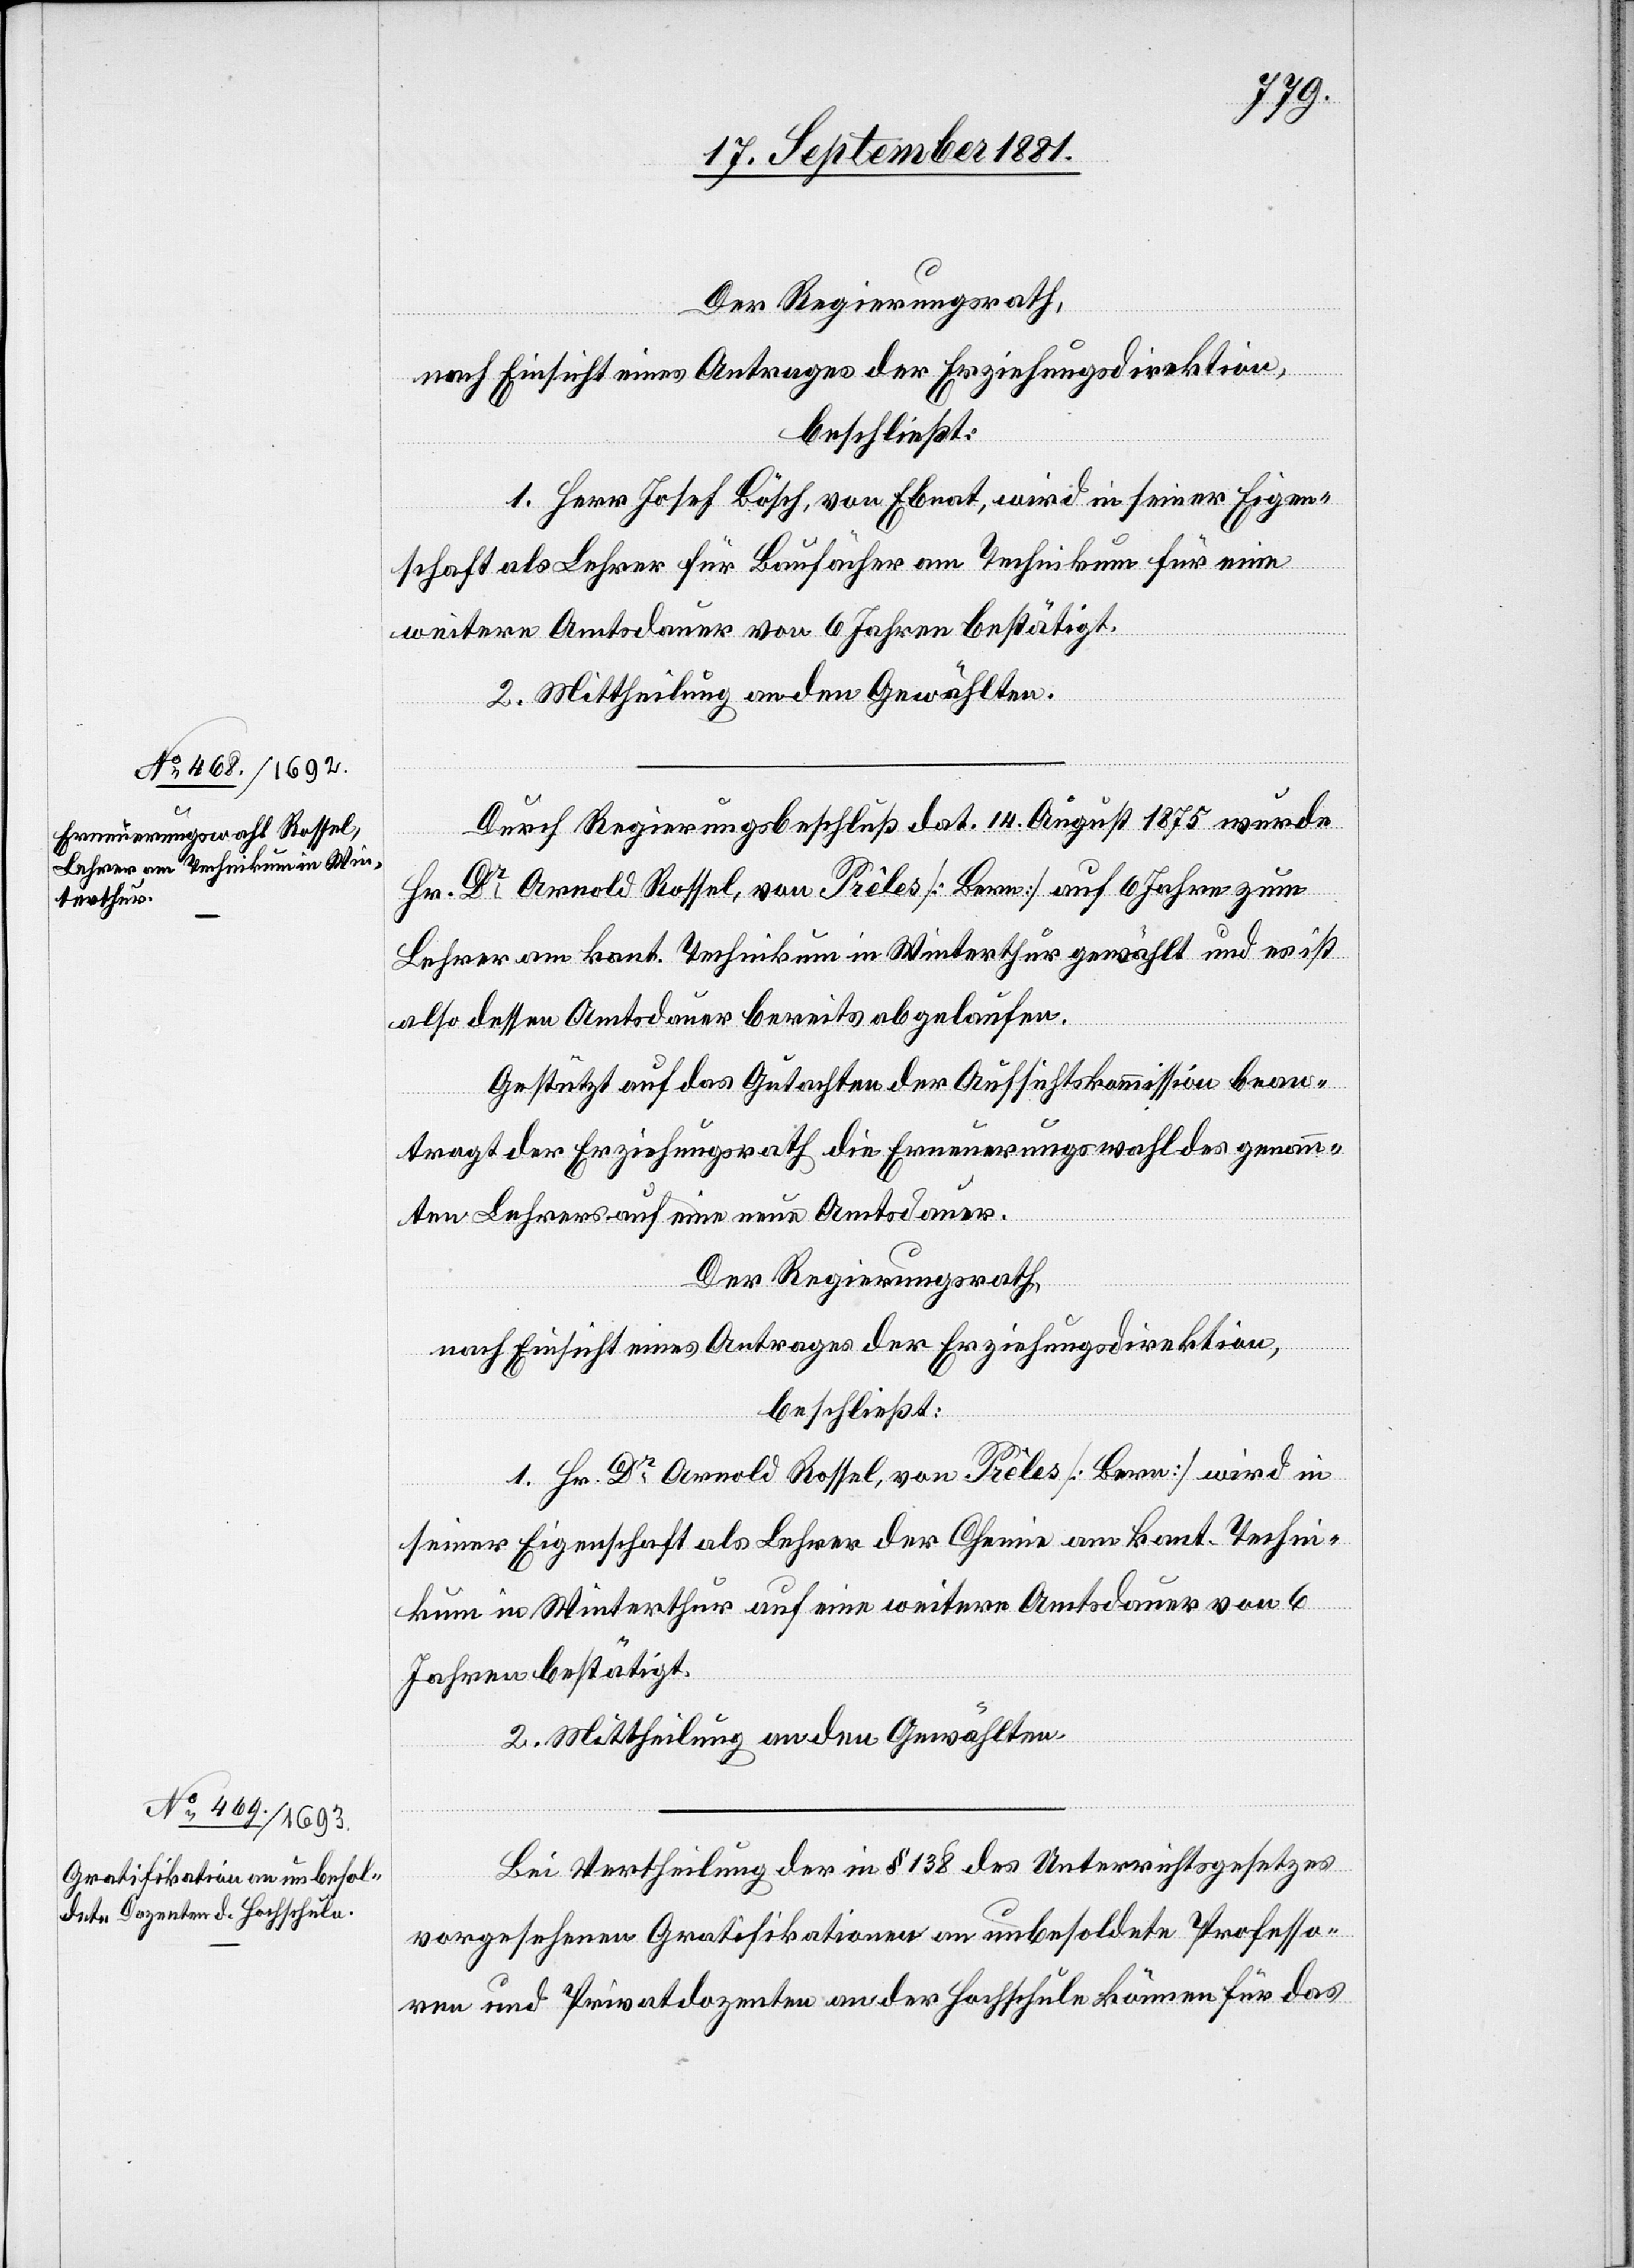
Der Regierungsrath,
nach Einsicht eines Antrages der Erziehungsdirektion,
beschließt:
1. Herr Josef Bösch, von Ebnat, wird in seiner Eigen¬
schaft als Lehrer für Baufächer am Technikum für eine
weitere Amtsdauer von 6 Jahren bestätigt.
2. Mittheilung an den Gewählten.
Durch Regierungsbeschluß dat. 14. August 1875 wurde
Hr. Dr Arnold Rossel, von Prêles [Bern] auf 6 Jahre zum
Lehrer am kant. Technikum in Winterthur gewählt und es ist
also dessen Amtsdauer bereits abgelaufen.
Gestützt auf das Gutachten der Aufsichtskommission bean¬
tragt der Erziehungsrath die Erneuerungswahl des genann¬
ten Lehrers auf neue Amtsdauer.
Der Regierungsrath,
nach Einsicht eines Antrages der Erziehungsdirektion,
beschließt:
1. Hr. Dr Arnold Rossel, von Prêles [Bern] wird in
seiner Eigenschaft als Lehrer der Chemie am kant. Techni¬
kum in Winterthur auf eine weitere Amtsdauer von 6
Jahren bestätigt.
2. Mittheilung an den Gewählten.
Bei Vertheilung der in § 138 des Unterrichtsgesetzes
vorgesehenen Gratifikationen an unbesoldete Professo¬
ren und Privatdozenten an der Hochschule können für das